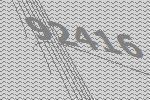
92416